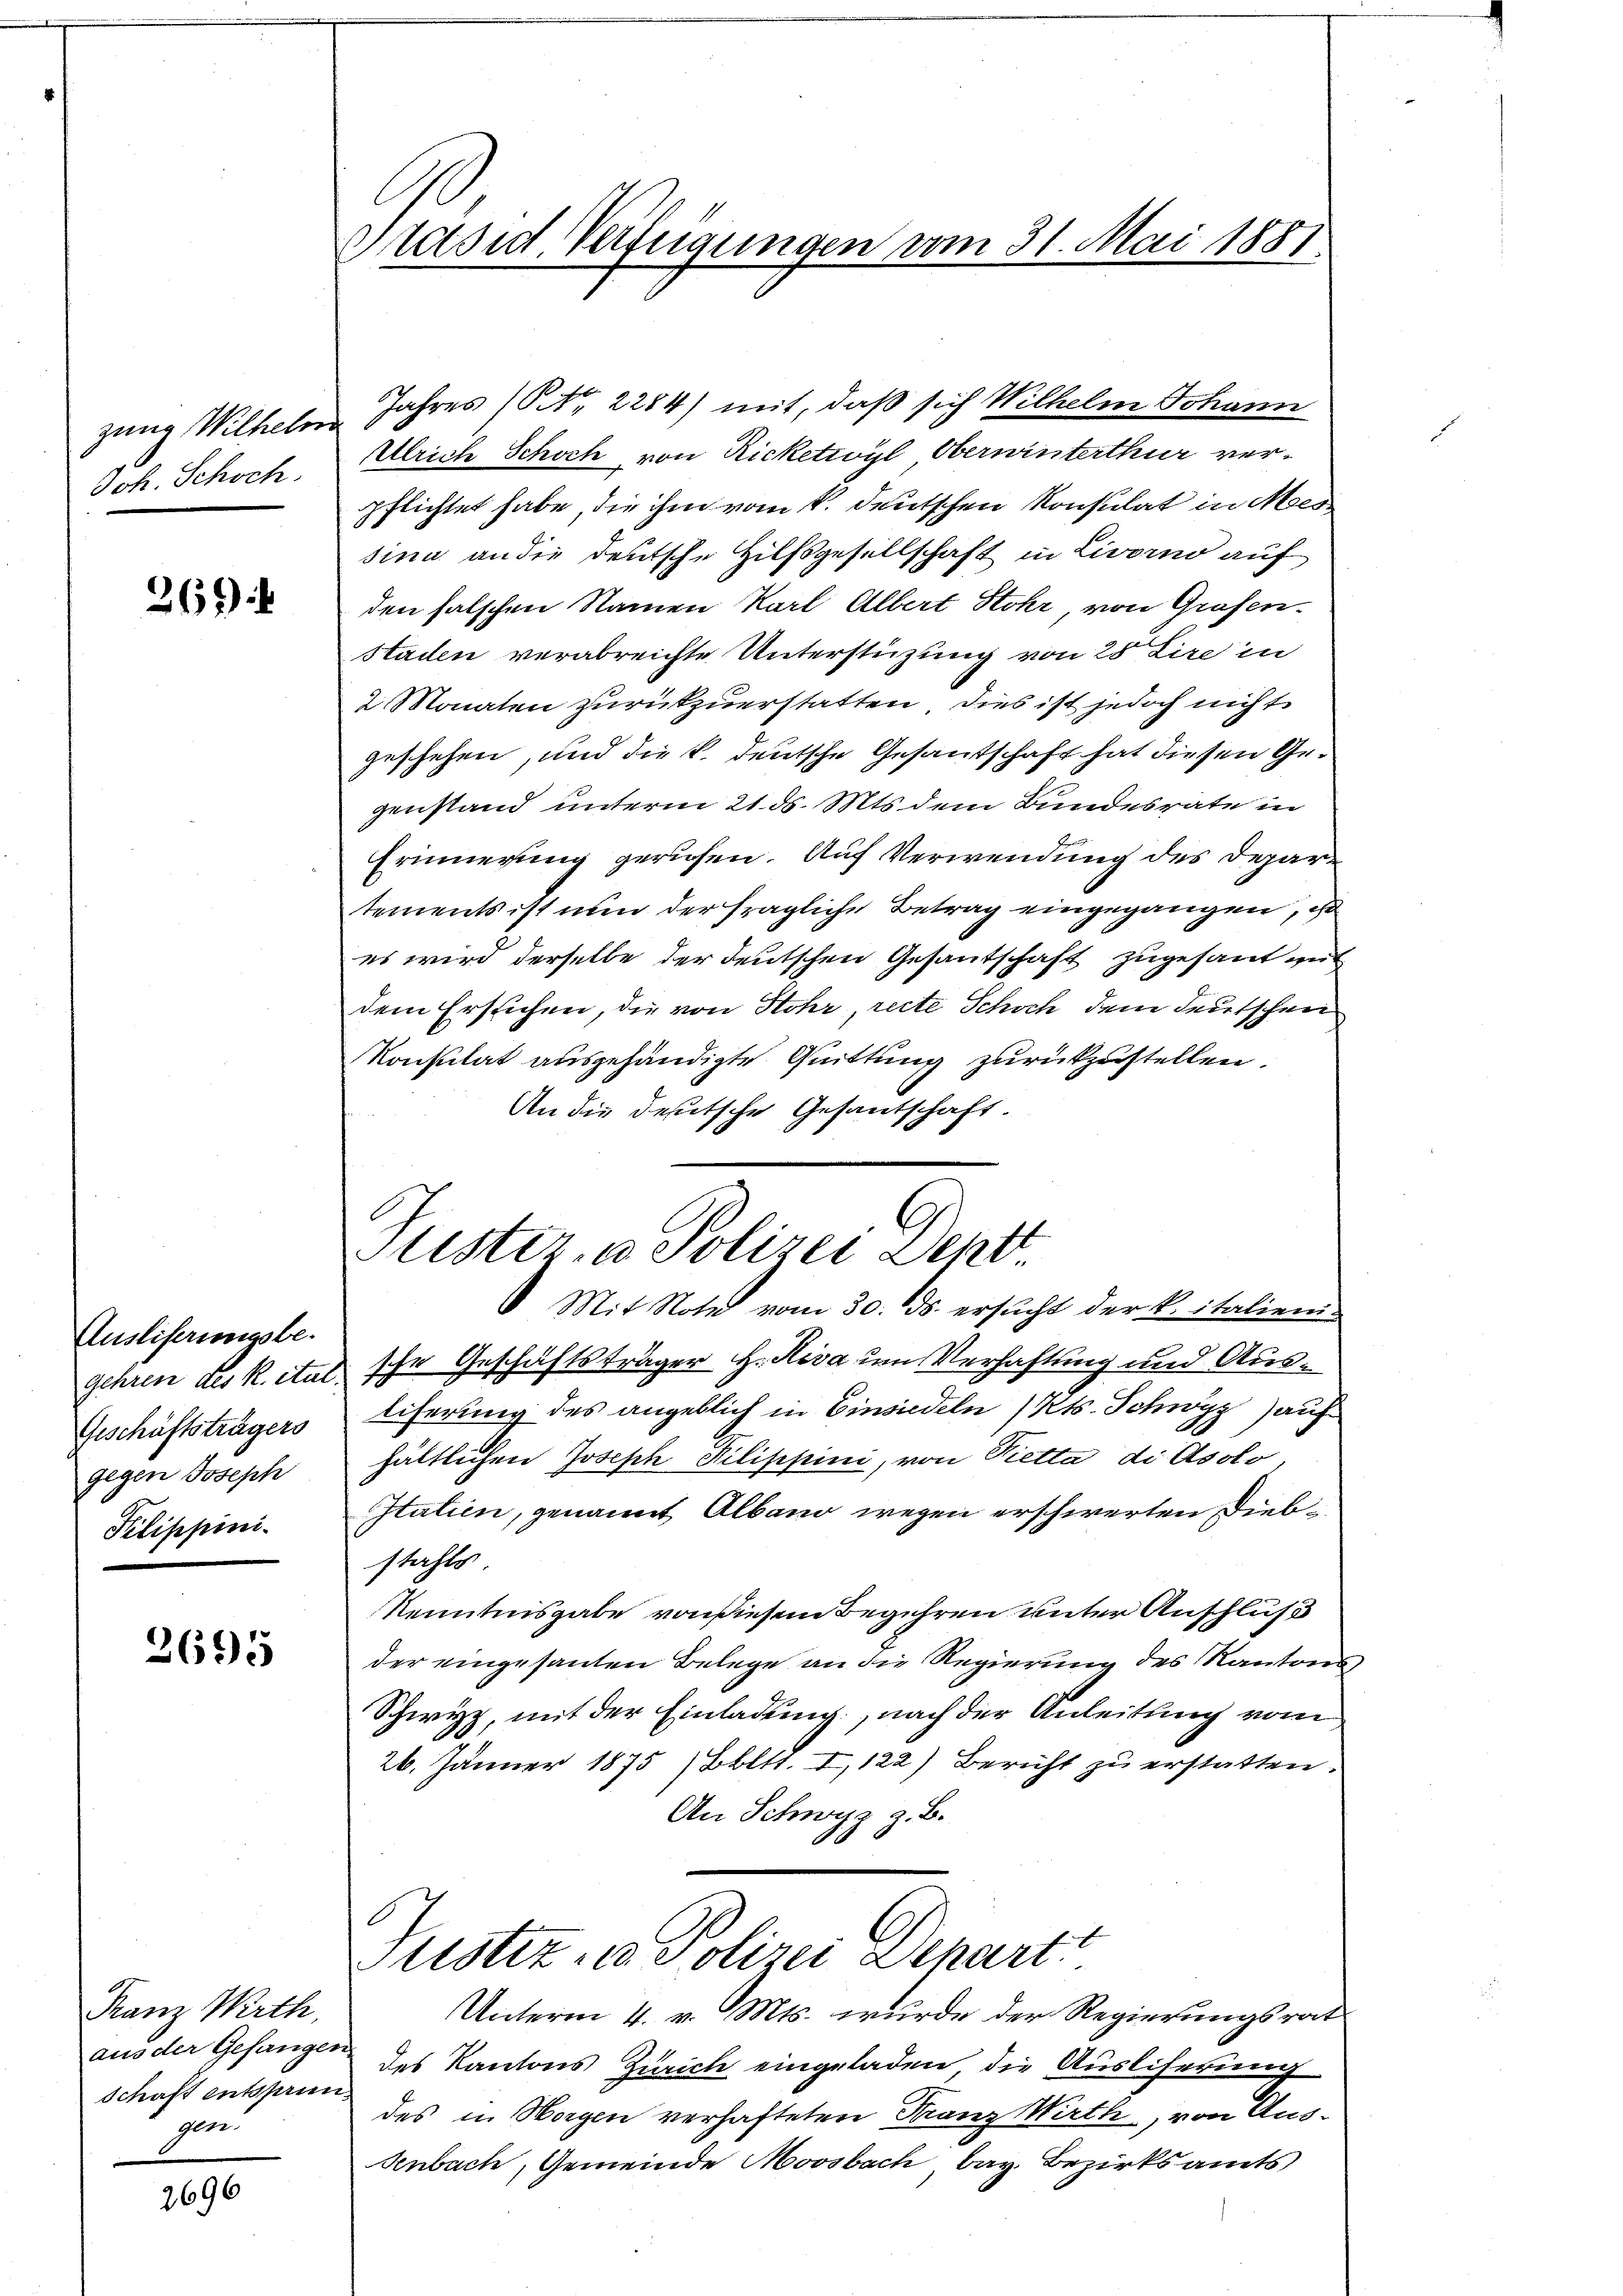
zung Wilhelm.
Joh. Schoch.

269)

Ausliserungsbe-
Geschäftsträgers
gegen Joseph
Pilippini-

2695

Franz Wirth,
aus der Gefänger
Schaft entsprien.
gen

2696

Präsid. Verfügungen vom 31. Mai 1881.

Jahres (Str. 2284) mit, daß sich Wilhelm Johann
Ulrich Schoch von Ricketioyl Oberwinterthur verpflichtet habe, die ihm vom k. deutschen Konsulat in Mes
sina an die deutsche Hilfsgesellschaft in Livorno auf
den falschen Namen Karl Albert Stohr von Grafen.
Staden verabreichte Unterstüzung von 28 Lire in
 Monaten zurükzuerstatten, dies ist jedoch nicht
geschehen, und die k. deutsche Gesantschaft hat diesen Gegenstand unterm 21. ds. Mts. dem Bundesrate in
Erinnerung gerufen. Auf Verwendung des Departements ist nun der fragliche Betrag eingegangen, i
es wird derselbe der deutschen Gesantschaft zugesant weit
dem Erstichen, die von Stohr, recte Schoch dem Teutschen
Konsulat ausgehändigte Quittung zurückzustellen.
An die deutsche Gesantschaft.
 Mit Note vom 30. ds. ersucht der k. italien
gehren des k. ital sche Geschäftsträger H. Riva um Verhaftung und Ausliferung des angeblich in Einsiedeln (Kts. Schwyz) auf
hältlichen Joseph Pilippini, von Rietta di Asolo,
Itatien, genannt Albano wegen erschwerten Diebstahls
Kenntnisgabe von diesem Begehren unter Anschluß
der eingesanten Belege an die Regierung des Kantons,
Schwyz, mit der Einladung, nach der Anleitung vom
26. Jänner 1875 (Bbltt. I, 122) Bericht zŭ erstatten.
An Schwyz z. B.
Fristiz u. Polizei Depart
Unterm 4. v. Mts. wurde der Regierungsrat
des Kantons Zürich eingeladen, die Ausliserung
des in Morgen verhafteten Franz Wirth, von Aus-
Aenbach, Gemeinde Moosbach, bay. Bezirksamts

Pustiz, u. Polizei Leptt